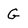
Character: G